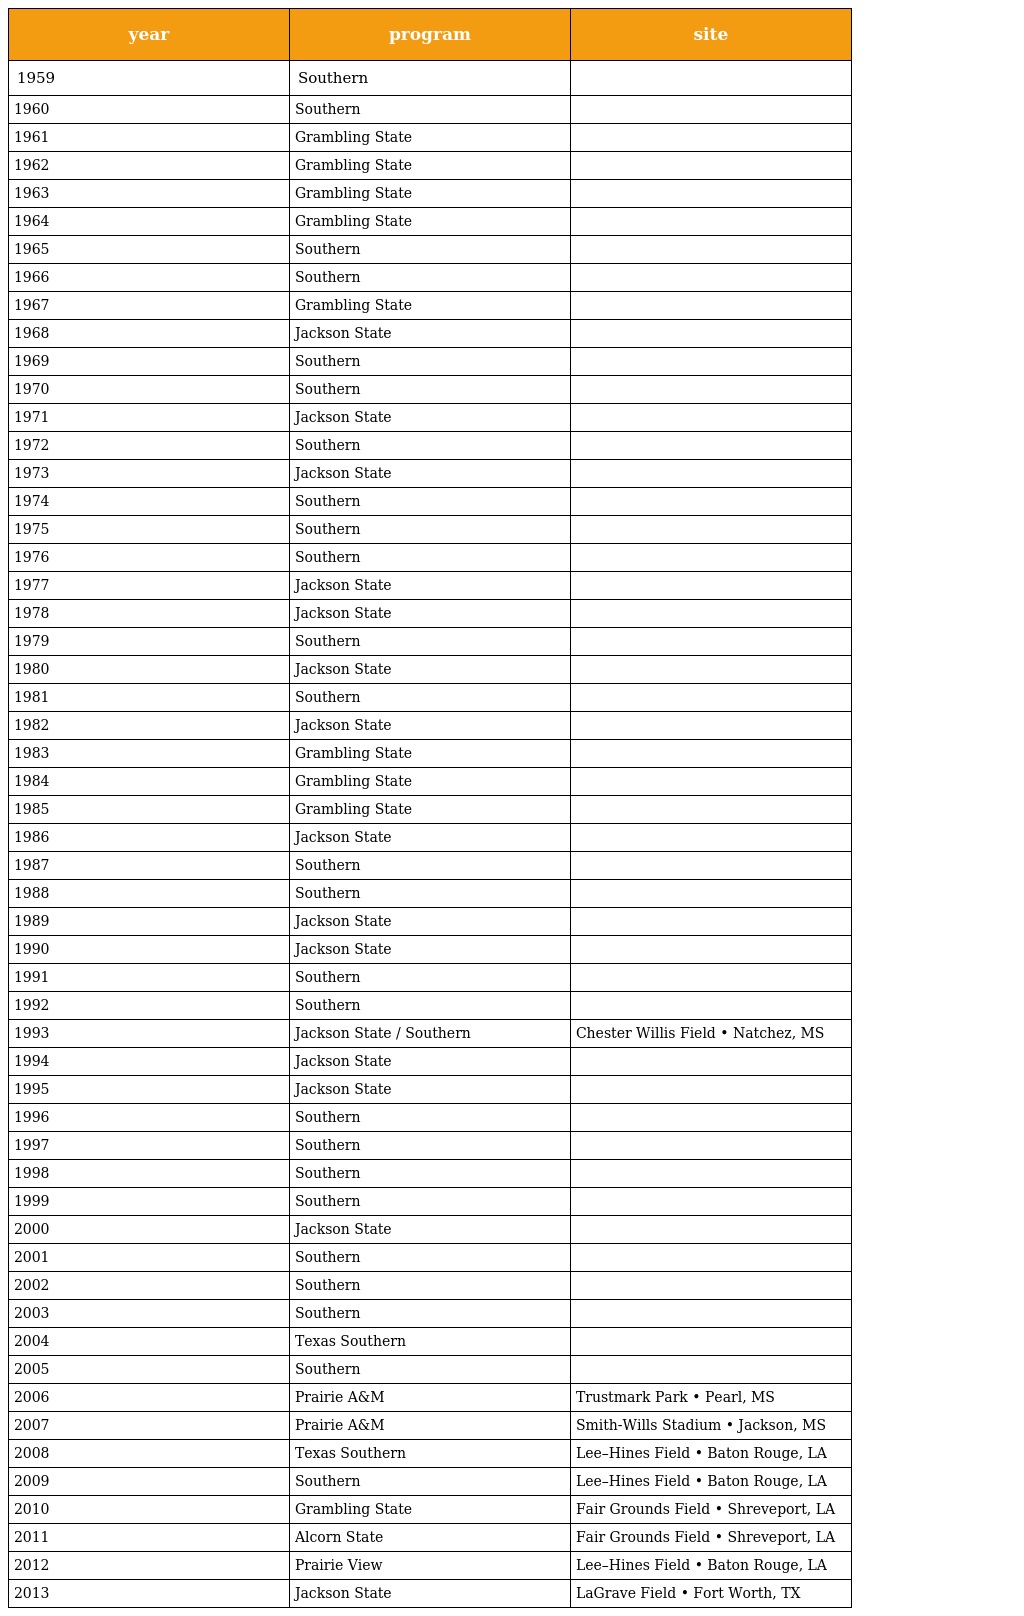
| year | program | site |
 | --- | --- | --- |
 | 1959 | Southern |  |
 | 1960 | Southern |  |
 | 1961 | Grambling State |  |
 | 1962 | Grambling State |  |
 | 1963 | Grambling State |  |
 | 1964 | Grambling State |  |
 | 1965 | Southern |  |
 | 1966 | Southern |  |
 | 1967 | Grambling State |  |
 | 1968 | Jackson State |  |
 | 1969 | Southern |  |
 | 1970 | Southern |  |
 | 1971 | Jackson State |  |
 | 1972 | Southern |  |
 | 1973 | Jackson State |  |
 | 1974 | Southern |  |
 | 1975 | Southern |  |
 | 1976 | Southern |  |
 | 1977 | Jackson State |  |
 | 1978 | Jackson State |  |
 | 1979 | Southern |  |
 | 1980 | Jackson State |  |
 | 1981 | Southern |  |
 | 1982 | Jackson State |  |
 | 1983 | Grambling State |  |
 | 1984 | Grambling State |  |
 | 1985 | Grambling State |  |
 | 1986 | Jackson State |  |
 | 1987 | Southern |  |
 | 1988 | Southern |  |
 | 1989 | Jackson State |  |
 | 1990 | Jackson State |  |
 | 1991 | Southern |  |
 | 1992 | Southern |  |
 | 1993 | Jackson State / Southern | Chester Willis Field • Natchez, MS |
 | 1994 | Jackson State |  |
 | 1995 | Jackson State |  |
 | 1996 | Southern |  |
 | 1997 | Southern |  |
 | 1998 | Southern |  |
 | 1999 | Southern |  |
 | 2000 | Jackson State |  |
 | 2001 | Southern |  |
 | 2002 | Southern |  |
 | 2003 | Southern |  |
 | 2004 | Texas Southern |  |
 | 2005 | Southern |  |
 | 2006 | Prairie A&M | Trustmark Park • Pearl, MS |
 | 2007 | Prairie A&M | Smith-Wills Stadium • Jackson, MS |
 | 2008 | Texas Southern | Lee–Hines Field • Baton Rouge, LA |
 | 2009 | Southern | Lee–Hines Field • Baton Rouge, LA |
 | 2010 | Grambling State | Fair Grounds Field • Shreveport, LA |
 | 2011 | Alcorn State | Fair Grounds Field • Shreveport, LA |
 | 2012 | Prairie View | Lee–Hines Field • Baton Rouge, LA |
 | 2013 | Jackson State | LaGrave Field • Fort Worth, TX |